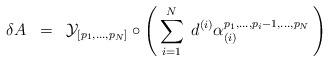
LaTeX: \begin{align*}\delta A \;\; = \;\; {\cal{Y}}_{[ p_1 ,..., p_N ]} \circ \left( \,\sum^N_{i=1}\; d^{(i)} \alpha_{(i)}^{p_1 ,...,p_i -1 ,...,p_N } \,\right)\end{align*}